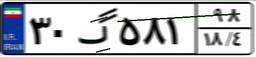
۳۰گ۵۸۱۹۸